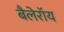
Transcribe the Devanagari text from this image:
बैलेरॉय